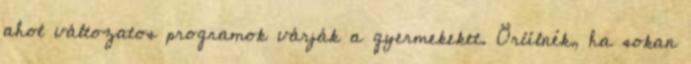
ahol változatos programok várják a gyermekeket. Örülnék, ha sokan